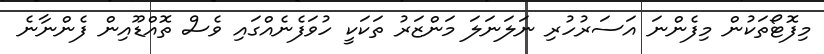
މިފޮޓޯތަކުން މިފެންނަ އަސަރުހުރި ނަލަނަލަ މަންޒަރު ތަކަކީ ހުވަފެނެއްގައި ވެސް ތޮއްޑޫއިން ފެންނާނެ